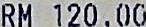
RM 120.00